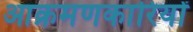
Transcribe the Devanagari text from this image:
आक्रमणकारियोंं